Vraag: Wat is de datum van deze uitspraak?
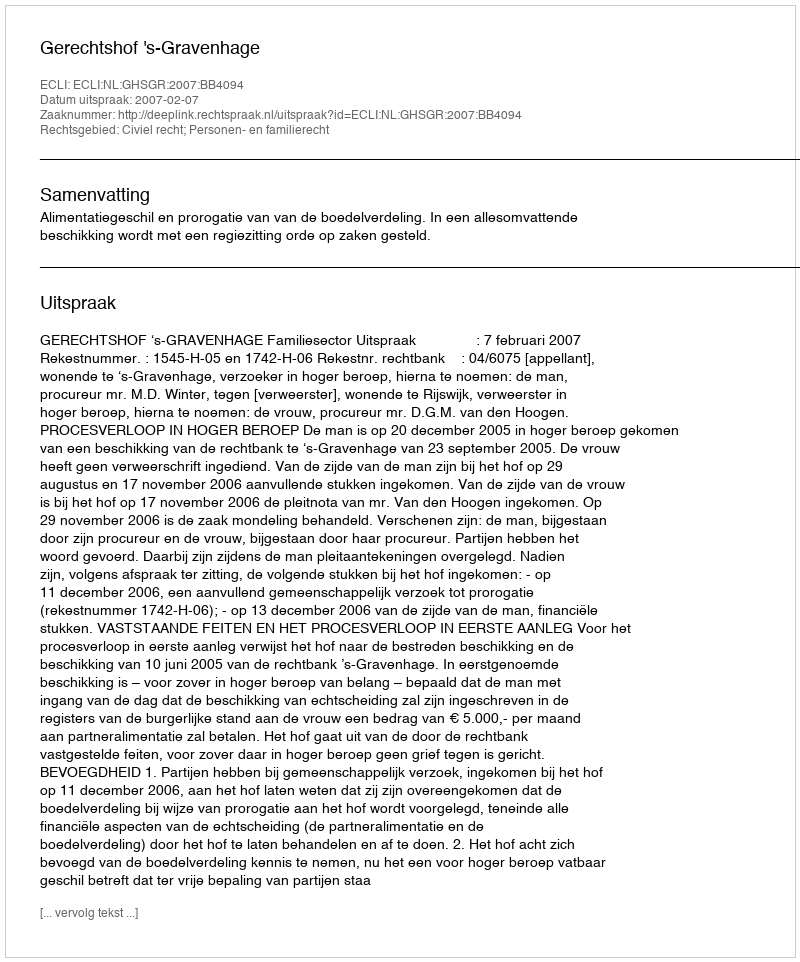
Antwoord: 2007-02-07